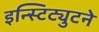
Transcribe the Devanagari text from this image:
इन्स्टिट्युटने